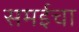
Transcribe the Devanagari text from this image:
समईचा